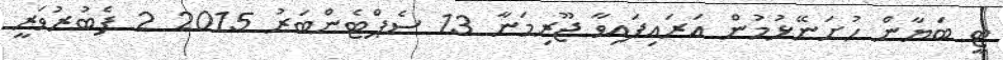
ޓީ ބަޔާން ހުށަނޭޅުމުން އަރައިފައިވާ ޖޫރިމަނާ 13 ސެޕްޓެންބަރު 2015 2 ފެބުރުވަރީ